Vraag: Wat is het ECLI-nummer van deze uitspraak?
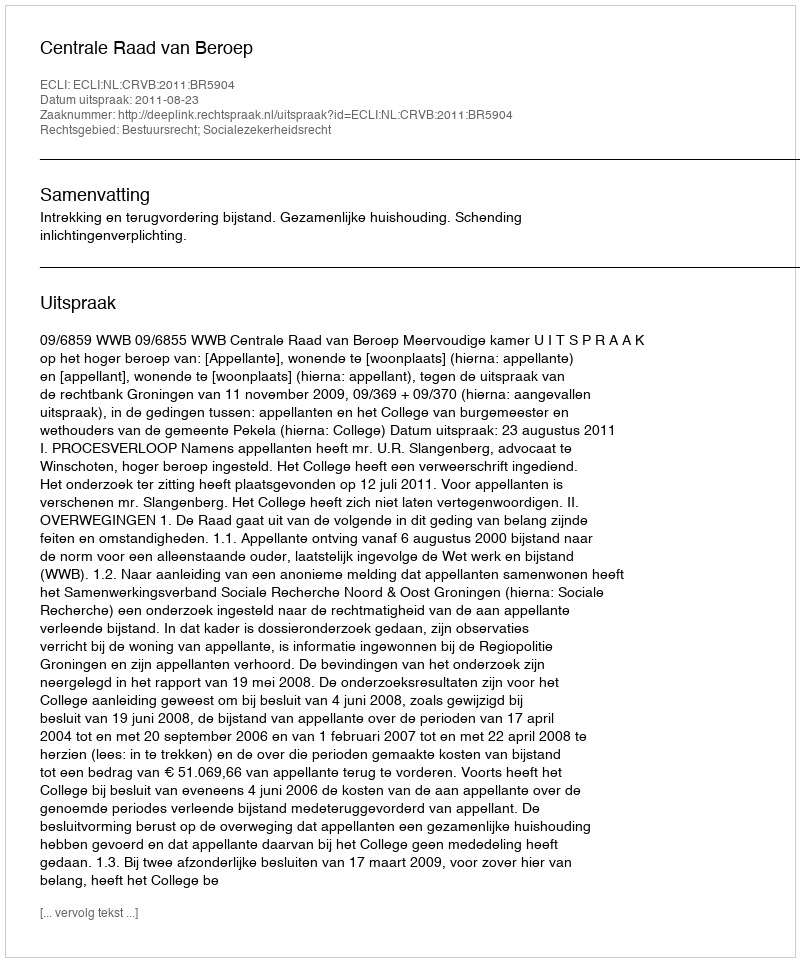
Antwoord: ECLI:NL:CRVB:2011:BR5904